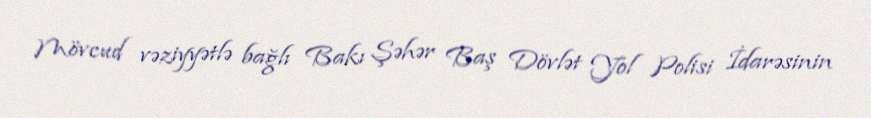
Mövcud vəziyyətlə bağlı Bakı Şəhər Baş Dövlət Yol Polisi İdarəsinin